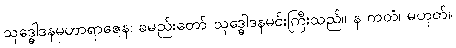
သုဒ္ဓေါဒနမဟာရာဇေန၊ ခမည်းတော် သုဒ္ဓေါဒနမင်းကြီးသည်။ န ကတံ၊ မဟုတ်။